Scottish Leaving Certificate Examination, 1959
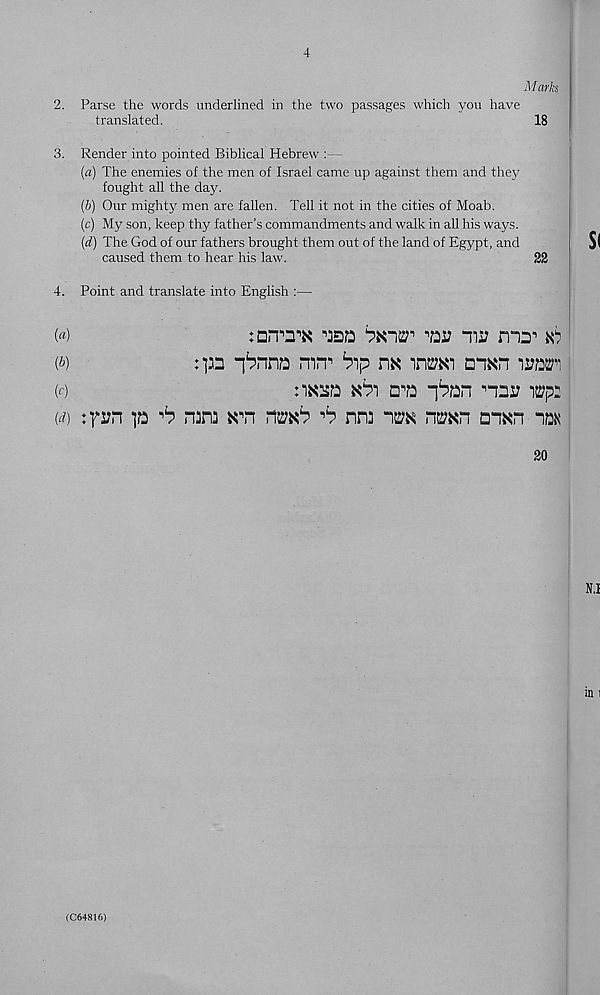
4
M arks
2. Parse the words underlined in the two passages which you have
translated.
18
3. Render into pointed Biblical Hebrew :—
(а) The enemies of the men of Israel came up against them and they
fought all the day.
(б) Our mighty men are fallen. Tell it not in the cities of Moab.
(c) My son, keep thy father’s commandments and walk in all his ways.
(d) The God of our fathers brought them out of the land of Egypt, and
caused them to hear his law.
22
4. Point and translate into English :—
(«)
:D<T:rK ■’jsa ‘pkikt
mi? ma 1 ^
(b)
i^nna mrr bp na inaw dikh wm'
(c)
nxaa Nbi era -|ban
i2?p:
(a)
^a ^ nana
ntwb •’b nn3
n^n
20
(C64816)